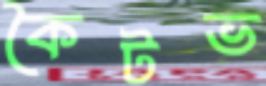
কৈটভ